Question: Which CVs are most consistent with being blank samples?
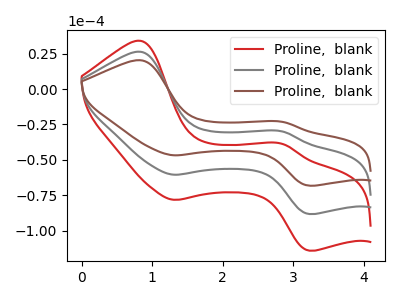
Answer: <think>The red curve "Proline,  blank1" has anodic peaks at (0.85V, 52.75uA) (2.85V, -59.95uA) and cathodic peaks at (1.30V, -120.95uA) (3.20V, -176.50uA). The gray curve "Proline,  blank2" has anodic peaks at (0.85V, 26.40uA) (2.85V, -29.95uA) and cathodic peaks at (1.30V, -60.50uA) (3.20V, -88.25uA). The brown curve "Proline,  blank3" has anodic peaks at (0.85V, 20.40uA) (2.85V, -23.15uA) and cathodic peaks at (1.30V, -46.75uA) (3.20V, -68.25uA).</think>
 <answer>There are not any CV's on this graph that are likely to be blanks.</answer>
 <eval>none</eval>